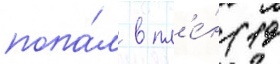
попа́л в пл'е́н (19